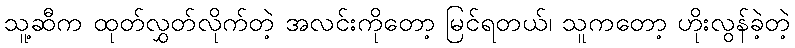
သူ့ဆီက ထုတ်လွှတ်လိုက်တဲ့ အလင်းကိုတော့ မြင်ရတယ်၊ သူကတော့ ဟိုးလွန်ခဲ့တဲ့